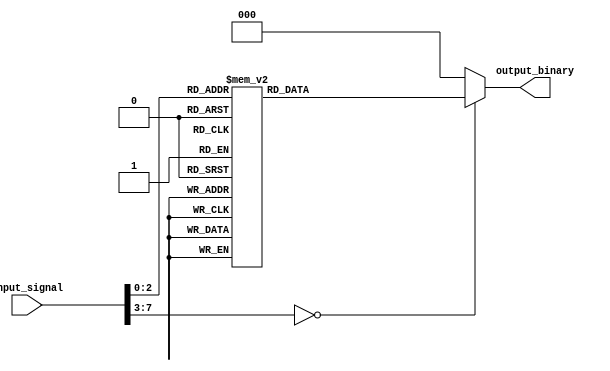
module encoder
(
    input wire [7:0] input_signal,
    output reg [2:0] output_binary
);

always @* begin
    case(input_signal)
        8'h00: output_binary = 3'b000;
        8'h01: output_binary = 3'b001;
        8'h02: output_binary = 3'b010;
        8'h03: output_binary = 3'b011;
        8'h04: output_binary = 3'b100;
        8'h05: output_binary = 3'b101;
        8'h06: output_binary = 3'b110;
        8'h07: output_binary = 3'b111;
        default: output_binary = 3'b000; // default encoding rule
    endcase
end

endmodule